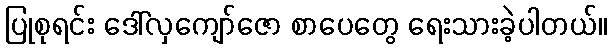
ပြုစုရင်း ဒေါ်လှကျော်ဇော စာပေတွေ ရေးသားခဲ့ပါတယ်။